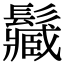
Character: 𩯩